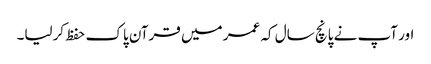
اور آپ نے پانچ سال کہ عمر میں قرآن پاک حفظ کرلیا۔